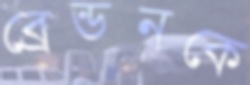
ব্রেন্ডনকে